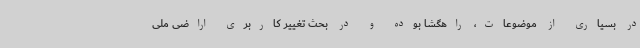
در بسیاری از موضوعات، راهگشا بوده و در بحث تغییر کاربری اراضی ملی